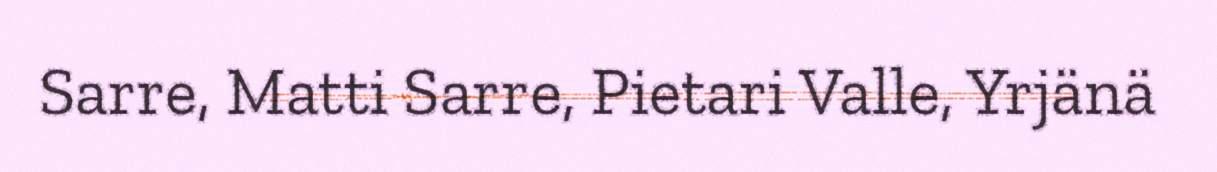
Sarre, Matti Sarre, Pietari Valle, Yrjänä